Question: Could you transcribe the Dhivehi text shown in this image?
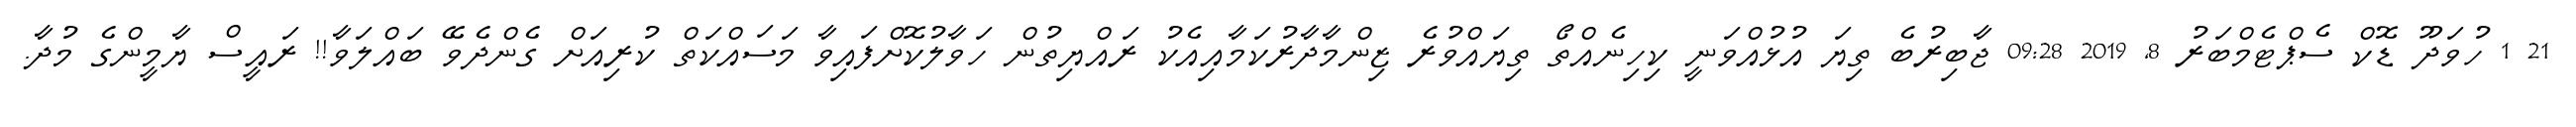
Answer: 21 1 ހުވަދޫ ޑޮކް ސެޕްޓެމްބަރު 8, 2019 09:28 ޖާބިރުބެ ތިޔަ އުޅުއްވަނީ ކިހިނެއްތޯ ތިޔައްވުރެ ޒިންމާދާރުކަމާއިއެކު ރައްޔިތުން ހަވާލުކޮށްފައިވާ މަސައްކަތް ކުރިއަށް ގެންދެވޭ ބައްލަވާ!! ރައީސް ޔާމީންގެ މުދާ.